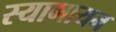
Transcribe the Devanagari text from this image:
स्यामायन